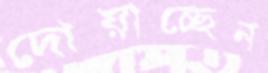
দোয়াচ্ছেন